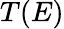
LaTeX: T(E)